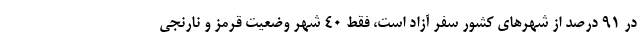
در ۹۱ درصد از شهرهای کشور سفر آزاد است، فقط ۴۰ شهر وضعیت قرمز و نارنجی